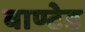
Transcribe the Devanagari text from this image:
वाण्टेड